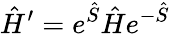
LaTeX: \hat{H}^{\prime}=e^{\hat{S}}\hat{H}e^{-\hat{S}}